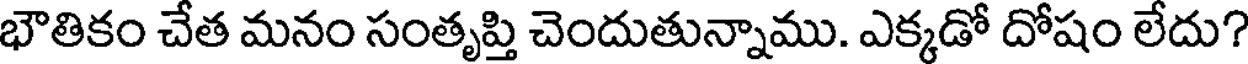
భౌతికం చేత మనం సంతృప్తి చెందుతున్నాము. ఎక్కడో దోషం లేదు?